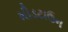
મીડટાઉન